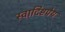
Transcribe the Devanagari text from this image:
स्वादिष्टपेय